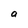
Character: a